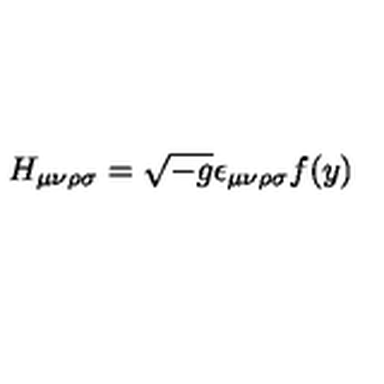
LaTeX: H _ { \mu \nu \rho \sigma } = \sqrt { - g } \epsilon _ { \mu \nu \rho \sigma } f ( y )